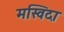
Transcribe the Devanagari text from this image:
मस्विदा